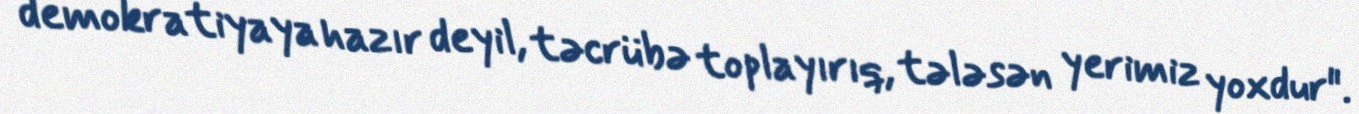
demokratiyaya hazır deyil, təcrübə toplayırıq, tələsən yerimiz yoxdur".